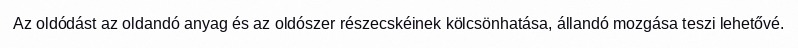
Az oldódást az oldandó anyag és az oldószer részecskéinek kölcsönhatása, állandó mozgása teszi lehetővé.